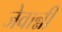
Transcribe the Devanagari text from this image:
जेवान्नी